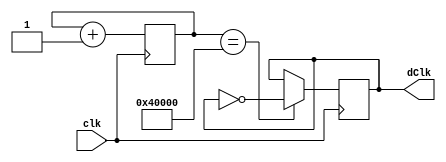
`timescale 1ns / 1ps
//////////////////////////////////////////////////////////////////////////////////
// Company: 
// Engineer: 
// 
// Design Name: 
// Module Name: ClockDiv
// Project Name: 
// Target Devices: 
// Tool Versions: 
// Description: 
// 
// Dependencies: 
// 
// Revision:
// Revision 0.01 - File Created
// Additional Comments:
// 
//////////////////////////////////////////////////////////////////////////////////


module ClockDiv #(
    parameter POWER = 19
    )(
    output reg dClk = 0,
    input clk
    );
    
 reg [POWER-1:0] counter = 0;

always @ (posedge clk) begin
    if(counter == 1 << POWER - 1) dClk = ~dClk;
    counter = counter + 1;
end
    
endmodule